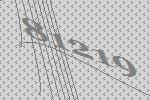
81219